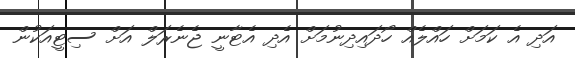
އަދި އެ ކަމަށް ހައްލެއް ހޯދައިދިނުމަށް އެދި އެޓާނީ ޖެނެރަލް އަށް ސިޓީއަކުން